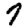
Digit: 7